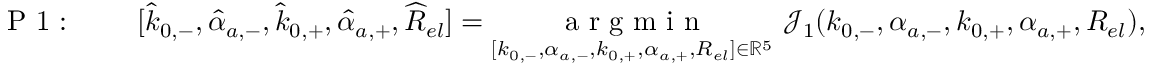
\textrm { P 1 : } \qquad [ \widehat { k } _ { 0 , - } , { \widehat { \alpha } _ { a , - } } , \widehat { k } _ { 0 , + } , { \widehat { \alpha } _ { a , + } } , \widehat { R } _ { e l } ] = \underset { [ k _ { 0 , - } , { \alpha _ { a , - } } , k _ { 0 , + } , { \alpha _ { a , + } } , R _ { e l } ] \in \mathbb { R } ^ { 5 } } { \textrm { a r g m i n } } ~ \mathcal { J } _ { 1 } ( k _ { 0 , - } , { \alpha _ { a , - } } , k _ { 0 , + } , { \alpha _ { a , + } } , R _ { e l } ) ,